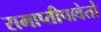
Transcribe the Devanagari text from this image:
समाप्तीपावेतो